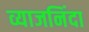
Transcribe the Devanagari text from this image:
व्याजनिंदा